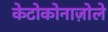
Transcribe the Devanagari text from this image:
केटोकोनाज़ोले